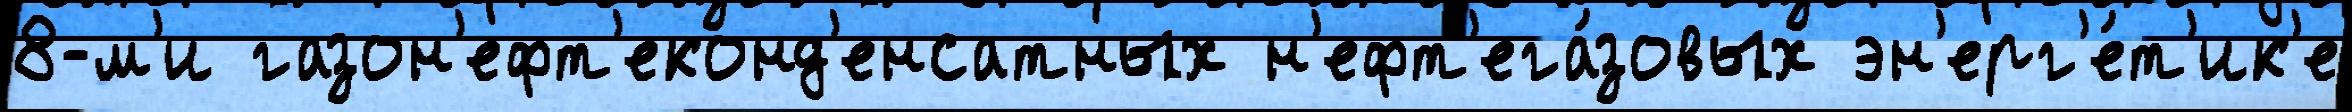
8-м'и газон'ефт'еконд'енсатных н'ефт'ега́зовых эн'ерг'е́т'ик'е